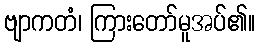
ဗျာကတံ၊ ကြားတော်မူအပ်၏။